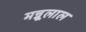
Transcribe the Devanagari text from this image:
मन्नूलाल